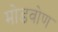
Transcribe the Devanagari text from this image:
मोडवोण